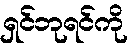
ရှင်ဘုရင်ကို